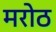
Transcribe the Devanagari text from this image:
मरोठ